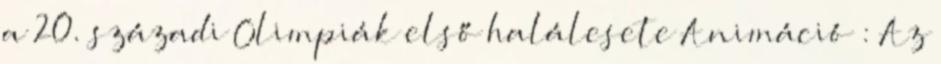
a 20. századi Olimpiák első halálesete Animáció : Az